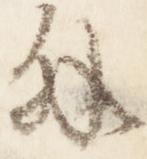
外